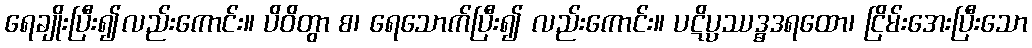
ရေချိုးပြီး၍လည်းကောင်း။ ပိဝိတွာ စ၊ ရေသောက်ပြီး၍ လည်းကောင်း။ ပဋိပ္ပဿဒ္ဓဒရထော၊ ငြိမ်းအေးပြီးသော